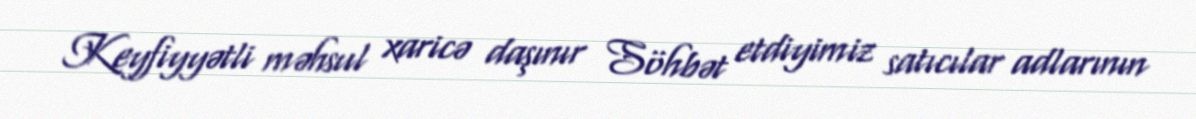
Keyfiyyətli məhsul xaricə daşınır Söhbət etdiyimiz satıcılar adlarının